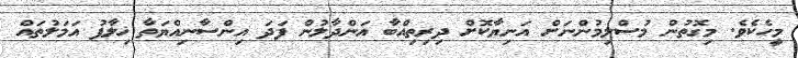
މީހެކެވެ. މިގޮތުން މުސްލިމުންނަށް އަނިޔާކޮށް ދިރިތިއްބާ އަންދާލުން ފަދަ އިންސާނިއްޔަތާ ޚިލާފު އަމަލުތައް